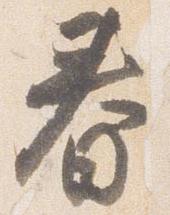
春